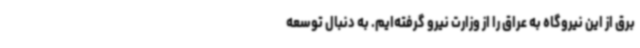
برق از این نیروگاه به عراق را از وزارت نیرو گرفته‌ایم. به دنبال توسعه